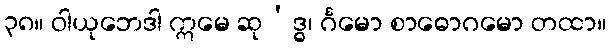
၃၈။ ဝါယုဘေဒါ ဣမေ ဆု’ဒ္ဓ၊ င်္ဂမော စာဓောဂမော တထာ။